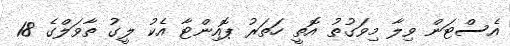
އެސްޓަން ވިލާ މިވަގުތު އޮތީ ހަތަރު ޕޮއިންޓާ އެކު ލީގު ތާވަލްގެ 18